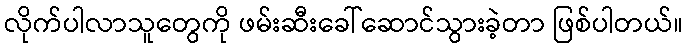
လိုက်ပါလာသူတွေကို ဖမ်းဆီးခေါ်ဆောင်သွားခဲ့တာ ဖြစ်ပါတယ်။